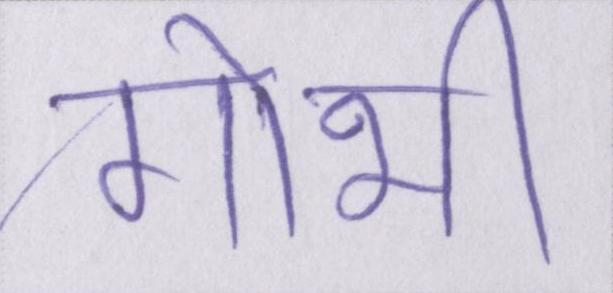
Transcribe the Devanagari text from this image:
गोभी